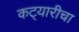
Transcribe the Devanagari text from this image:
कट्यारीचा